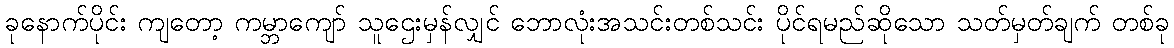
ခုနောက်ပိုင်း ကျတော့ ကမ္ဘာကျော် သူဌေးမှန်လျှင် ဘောလုံးအသင်းတစ်သင်း ပိုင်ရမည်ဆိုသော သတ်မှတ်ချက် တစ်ခု